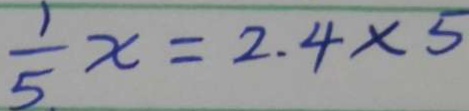
\frac { 1 } { 5 } x = 2 . 4 \times 5